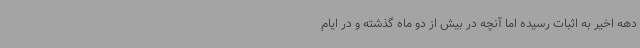
دهه اخیر به اثبات رسیده اما آنچه در بیش از دو ماه گذشته و در ایام